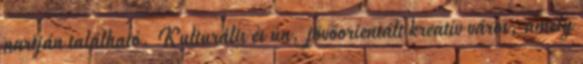
partján található. Kulturális és ún. jövőorientált kreatív város, amely